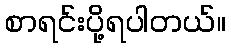
စာရင်းပို့ရပါတယ်။